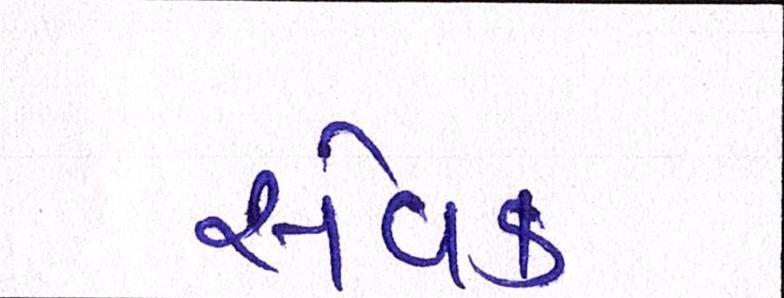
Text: સેવક